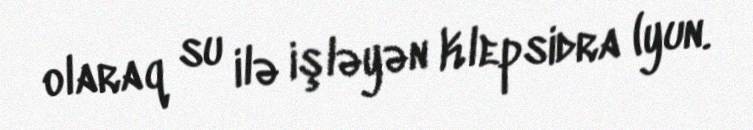
olaraq su ilə işləyən Klepsidra (yun.